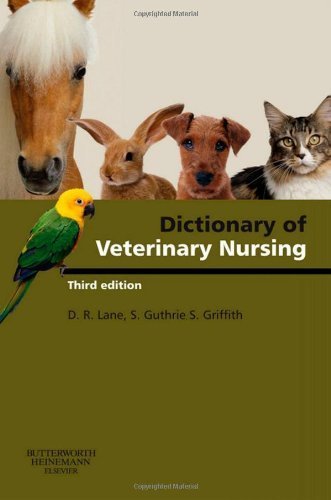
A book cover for Dictionary of Veterinary Nursing, 3e by Lane BSc(Vet Sci) FRCVS FRAgS, Denis Richard, Guthrie BA (2007) Paperback; Denis Richard, Guthrie BA Lane BSc(Vet Sci) FRCVS FRAgS; Medical Books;